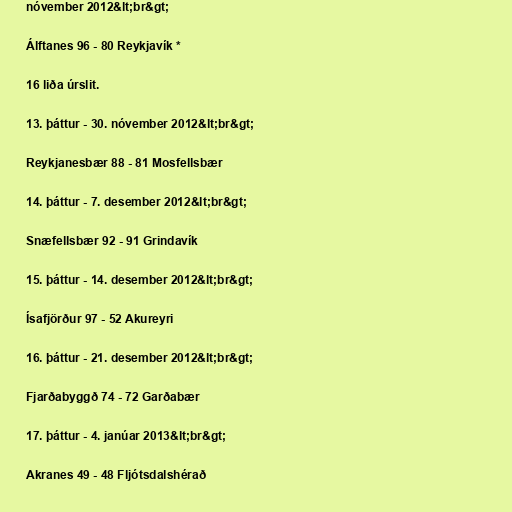
nóvember 2012&lt;br&gt;

Álftanes 96 - 80 Reykjavík *

16 liða úrslit.

13. þáttur - 30. nóvember 2012&lt;br&gt;

Reykjanesbær 88 - 81 Mosfellsbær

14. þáttur - 7. desember 2012&lt;br&gt;

Snæfellsbær 92 - 91 Grindavík

15. þáttur - 14. desember 2012&lt;br&gt;

Ísafjörður 97 - 52 Akureyri

16. þáttur - 21. desember 2012&lt;br&gt;

Fjarðabyggð 74 - 72 Garðabær

17. þáttur - 4. janúar 2013&lt;br&gt;

Akranes 49 - 48 Fljótsdalshérað